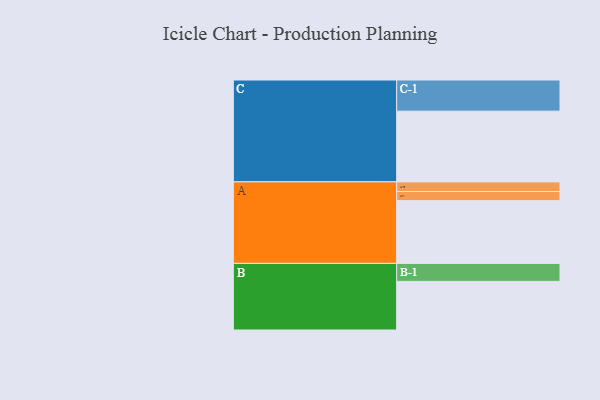
{"axis": {"x": "Segment", "y": "Value"}, "legend": ["", "A", "B", "C"], "data": [{"x": "A", "y": 502, "type": ""}, {"x": "B", "y": 389, "type": ""}, {"x": "C", "y": 566, "type": ""}, {"x": "A-1", "y": 73, "type": "A"}, {"x": "A-2", "y": 77, "type": "A"}, {"x": "B-1", "y": 144, "type": "B"}, {"x": "C-1", "y": 249, "type": "C"}]}